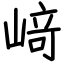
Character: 﨑